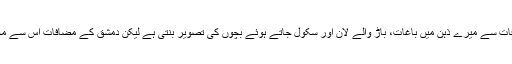
لفظ مضافات سے میرے ذہن میں باغات، باڑ والے لان اور سکول جاتے ہوئے بچوں کی تصویر بنتی ہے لیکن دمشق کے مضافات اس سے مختلف ہیں۔